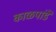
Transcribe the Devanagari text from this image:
काळपांडे